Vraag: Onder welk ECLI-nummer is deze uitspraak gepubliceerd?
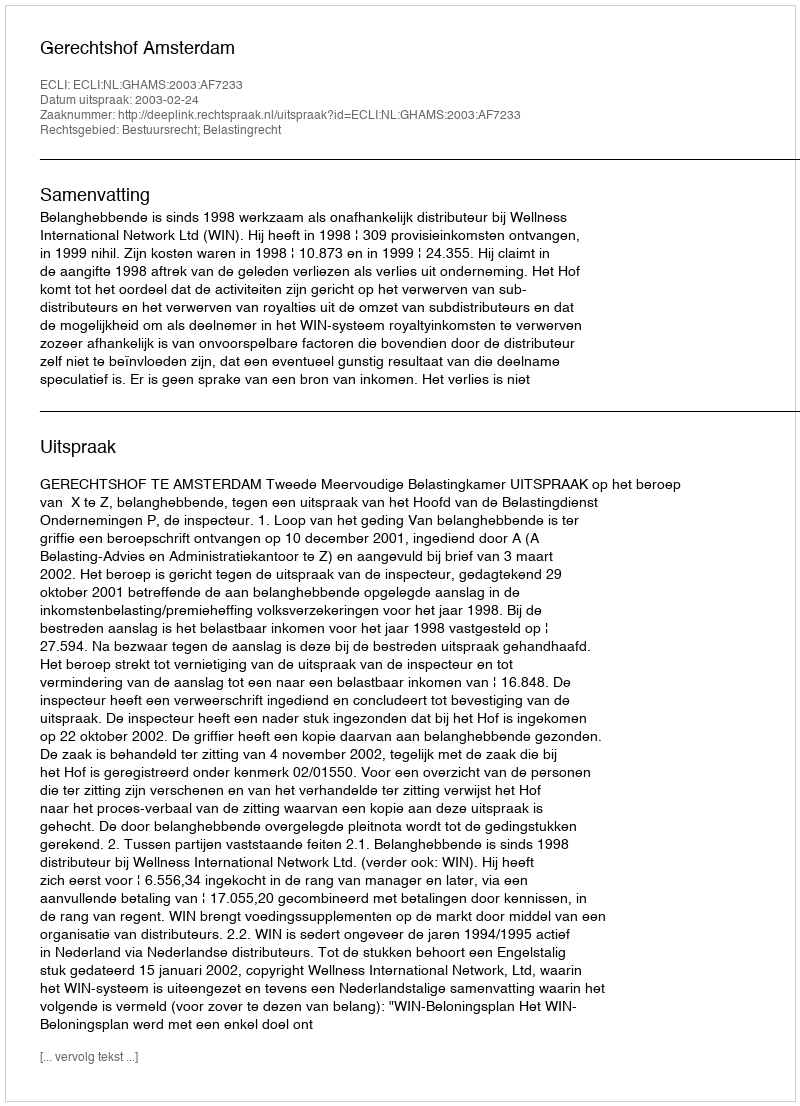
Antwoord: ECLI:NL:GHAMS:2003:AF7233